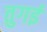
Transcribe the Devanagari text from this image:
तुगई